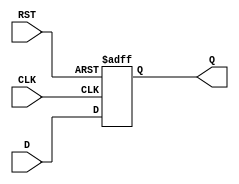
module IntermediateRegister (
    input wire [N-1:0] D,    // Data input
    input wire CLK,           // Clock input
    input wire RST,           // Asynchronous reset
    output reg [N-1:0] Q      // Data output
);
    parameter N = 8;          // Define the width of the register (default is 8 bits)

    // Always block for the register functionality
    always @(posedge CLK or posedge RST) begin
        if (RST) begin
            Q <= {N{1'b0}};    // Reset the register to 0
        end else begin
            Q <= D;            // Capture the input data on clock edge
        end
    end
endmodule